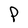
Character: P